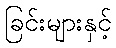
ခြင်းများနှင့်